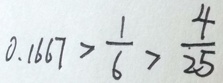
0 . 1 6 6 7 > \frac { 1 } { 6 } > \frac { 4 } { 2 5 }